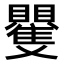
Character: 𮚭